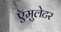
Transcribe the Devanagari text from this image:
ऍमुलेटर